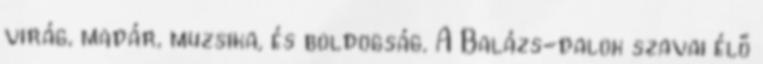
virág, madár, muzsika, és boldogság. A Balázs-dalok szavai élő